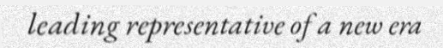
leading representative of a new era